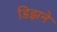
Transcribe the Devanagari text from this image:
डिझने